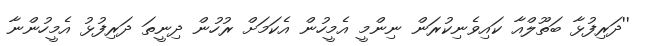
''ދަރިފުޅާ ބަތޫލްއާ ކައިވެނިކުރަން ނިންމީ އެމީހުން އެކަމަށް ރުހުން ދިނީތަ ދަރިފުޅު އެމީހުންނާ